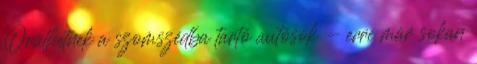
Örülhetnek a szomszédba tartó autósok - erre már sokan